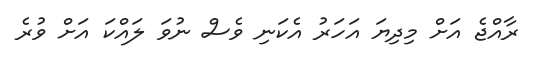
ރާއްޖެ އަށް މިދިޔަ އަހަރު އެކަނި ވެސް ނުވަ ލައްކަ އަށް ވުރެ